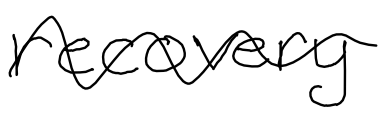
Text: recovery
Cross-out: wave
Writing tool: digital_black